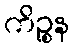
ကိဉ္စန